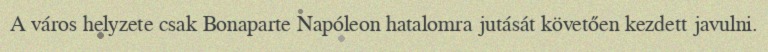
A város helyzete csak Bonaparte Napóleon hatalomra jutását követően kezdett javulni.